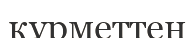
құрметтен